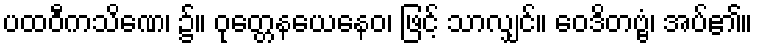
ပထဝီကသိဏေ၊ ၌။ ဝုတ္တေနယေနေဝ၊ ဖြင့် သာလျှင်။ ဝေဒိတဗ္ဗံ၊ အပ်၏။